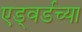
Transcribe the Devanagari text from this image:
एड्वर्डच्या